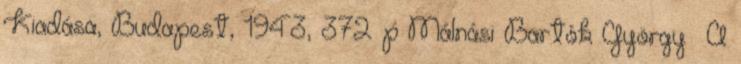
Kiadása, Budapest, 1943, 372 p Málnási Bartók Györgyː A